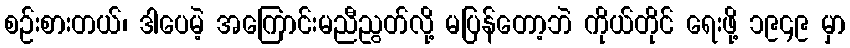
စဉ်းစားတယ်၊ ဒါပေမဲ့ အကြောင်းမညီညွတ်လို့ မပြန်တော့ဘဲ ကိုယ်တိုင် ရေးဖို့ ၁၉၄၉ မှာ